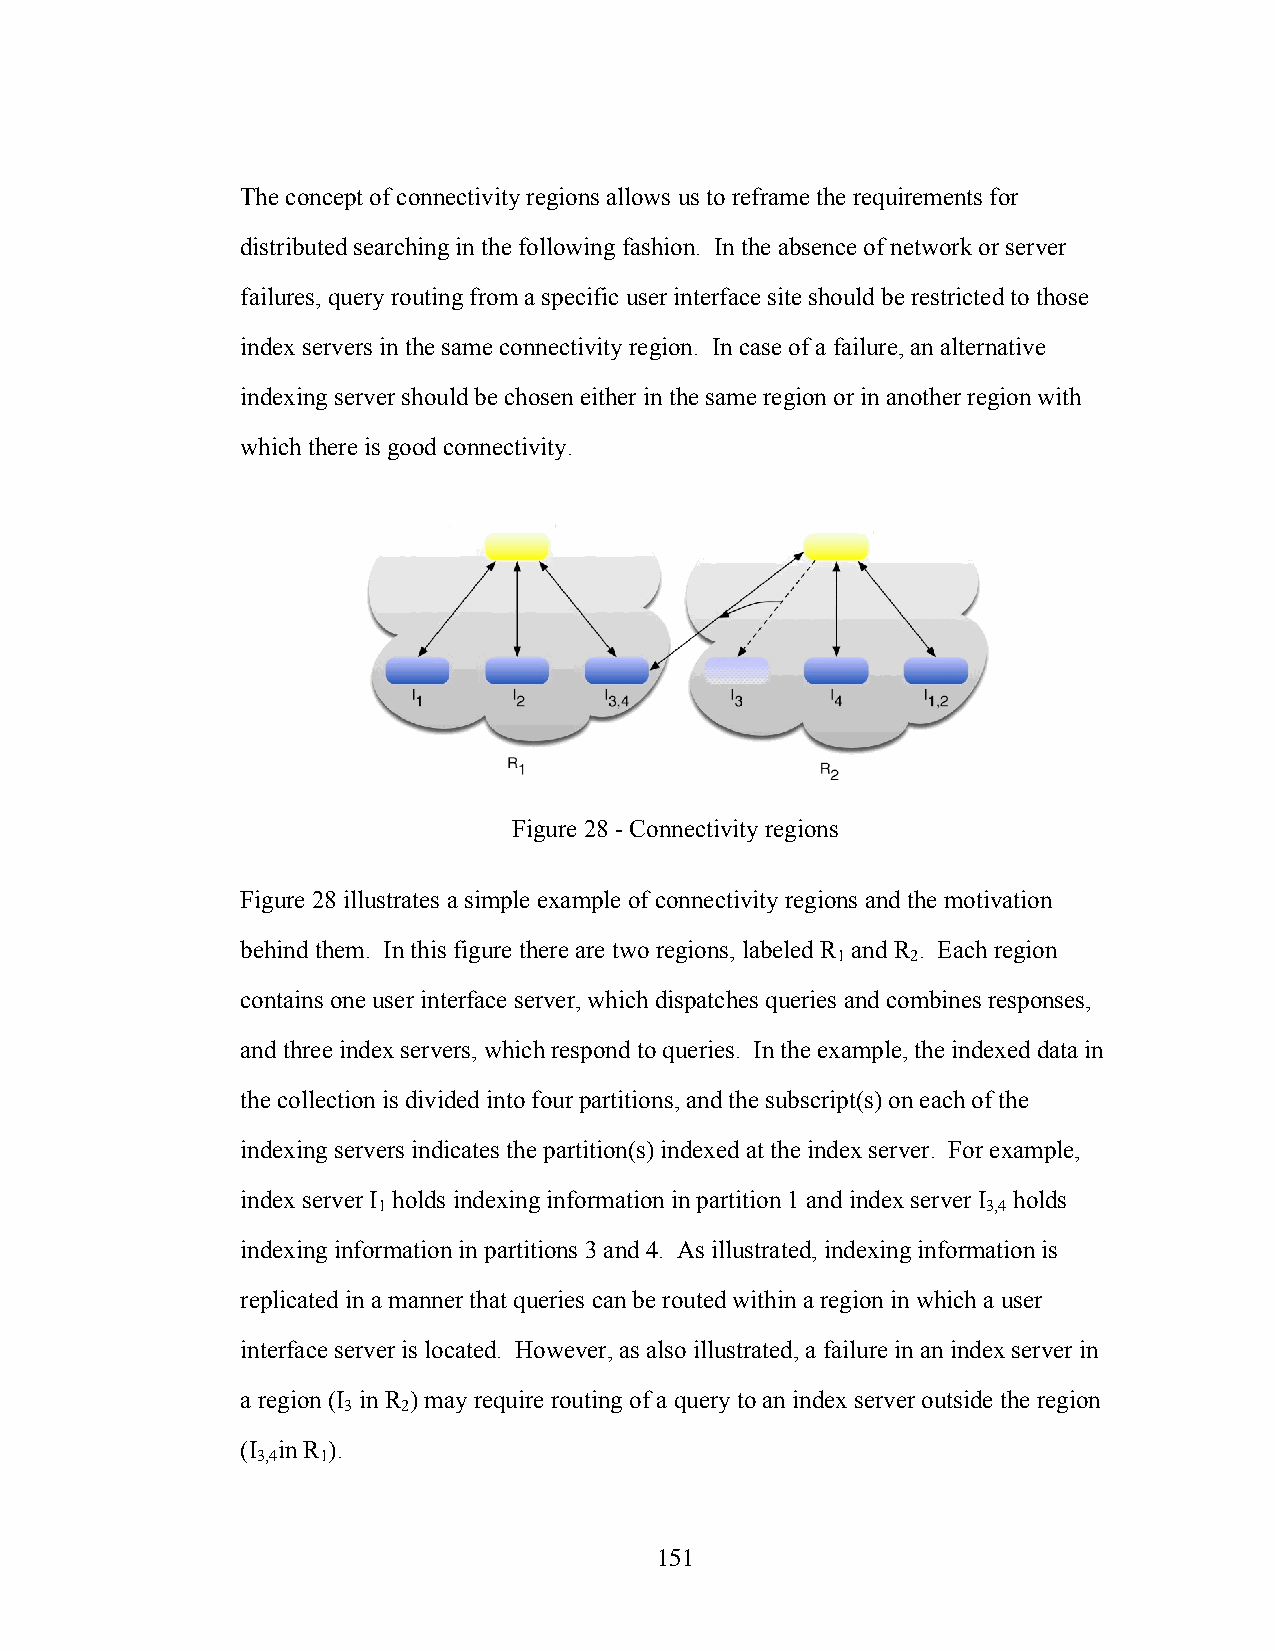
The concept of connectivity regions allows us to reframe the requirements for
 distributed searching in the following fashion. In the absence of network or server
 failures, query routing from a specific user interface site should be restricted to those
 index servers in the same connectivity region. In case of a failure, an alternative
 indexing server should be chosen either in the same region or in another region with
 which there is good connectivity.
 Figure 28 - Connectivity regions
 Figure 28 illustrates a simple example of connectivity regions and the motivation
 behind them. In this figure there are two regions, labeled R and R . Each region
 1    2
 contains one user interface server, which dispatches queries and combines responses,
 and three index servers, which respond to queries. In the example, the indexed data in
 the collection is divided into four partitions, and the subscript(s) on each of the
 indexing servers indicates the partition(s) indexed at the index server. For example,
 index server I holds indexing information in partition 1 and index server I holds
 1                                       3,4
 indexing information in partitions 3 and 4. As illustrated, indexing information is
 replicated in a manner that queries can be routed within a region in which a user
 interface server is located. However, as also illustrated, a failure in an index server in
 a region (I in R ) may require routing of a query to an index server outside the region
 3   2
 (I in R ).
 3,4 1
 151